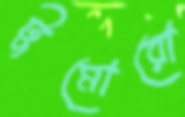
টুমোরো